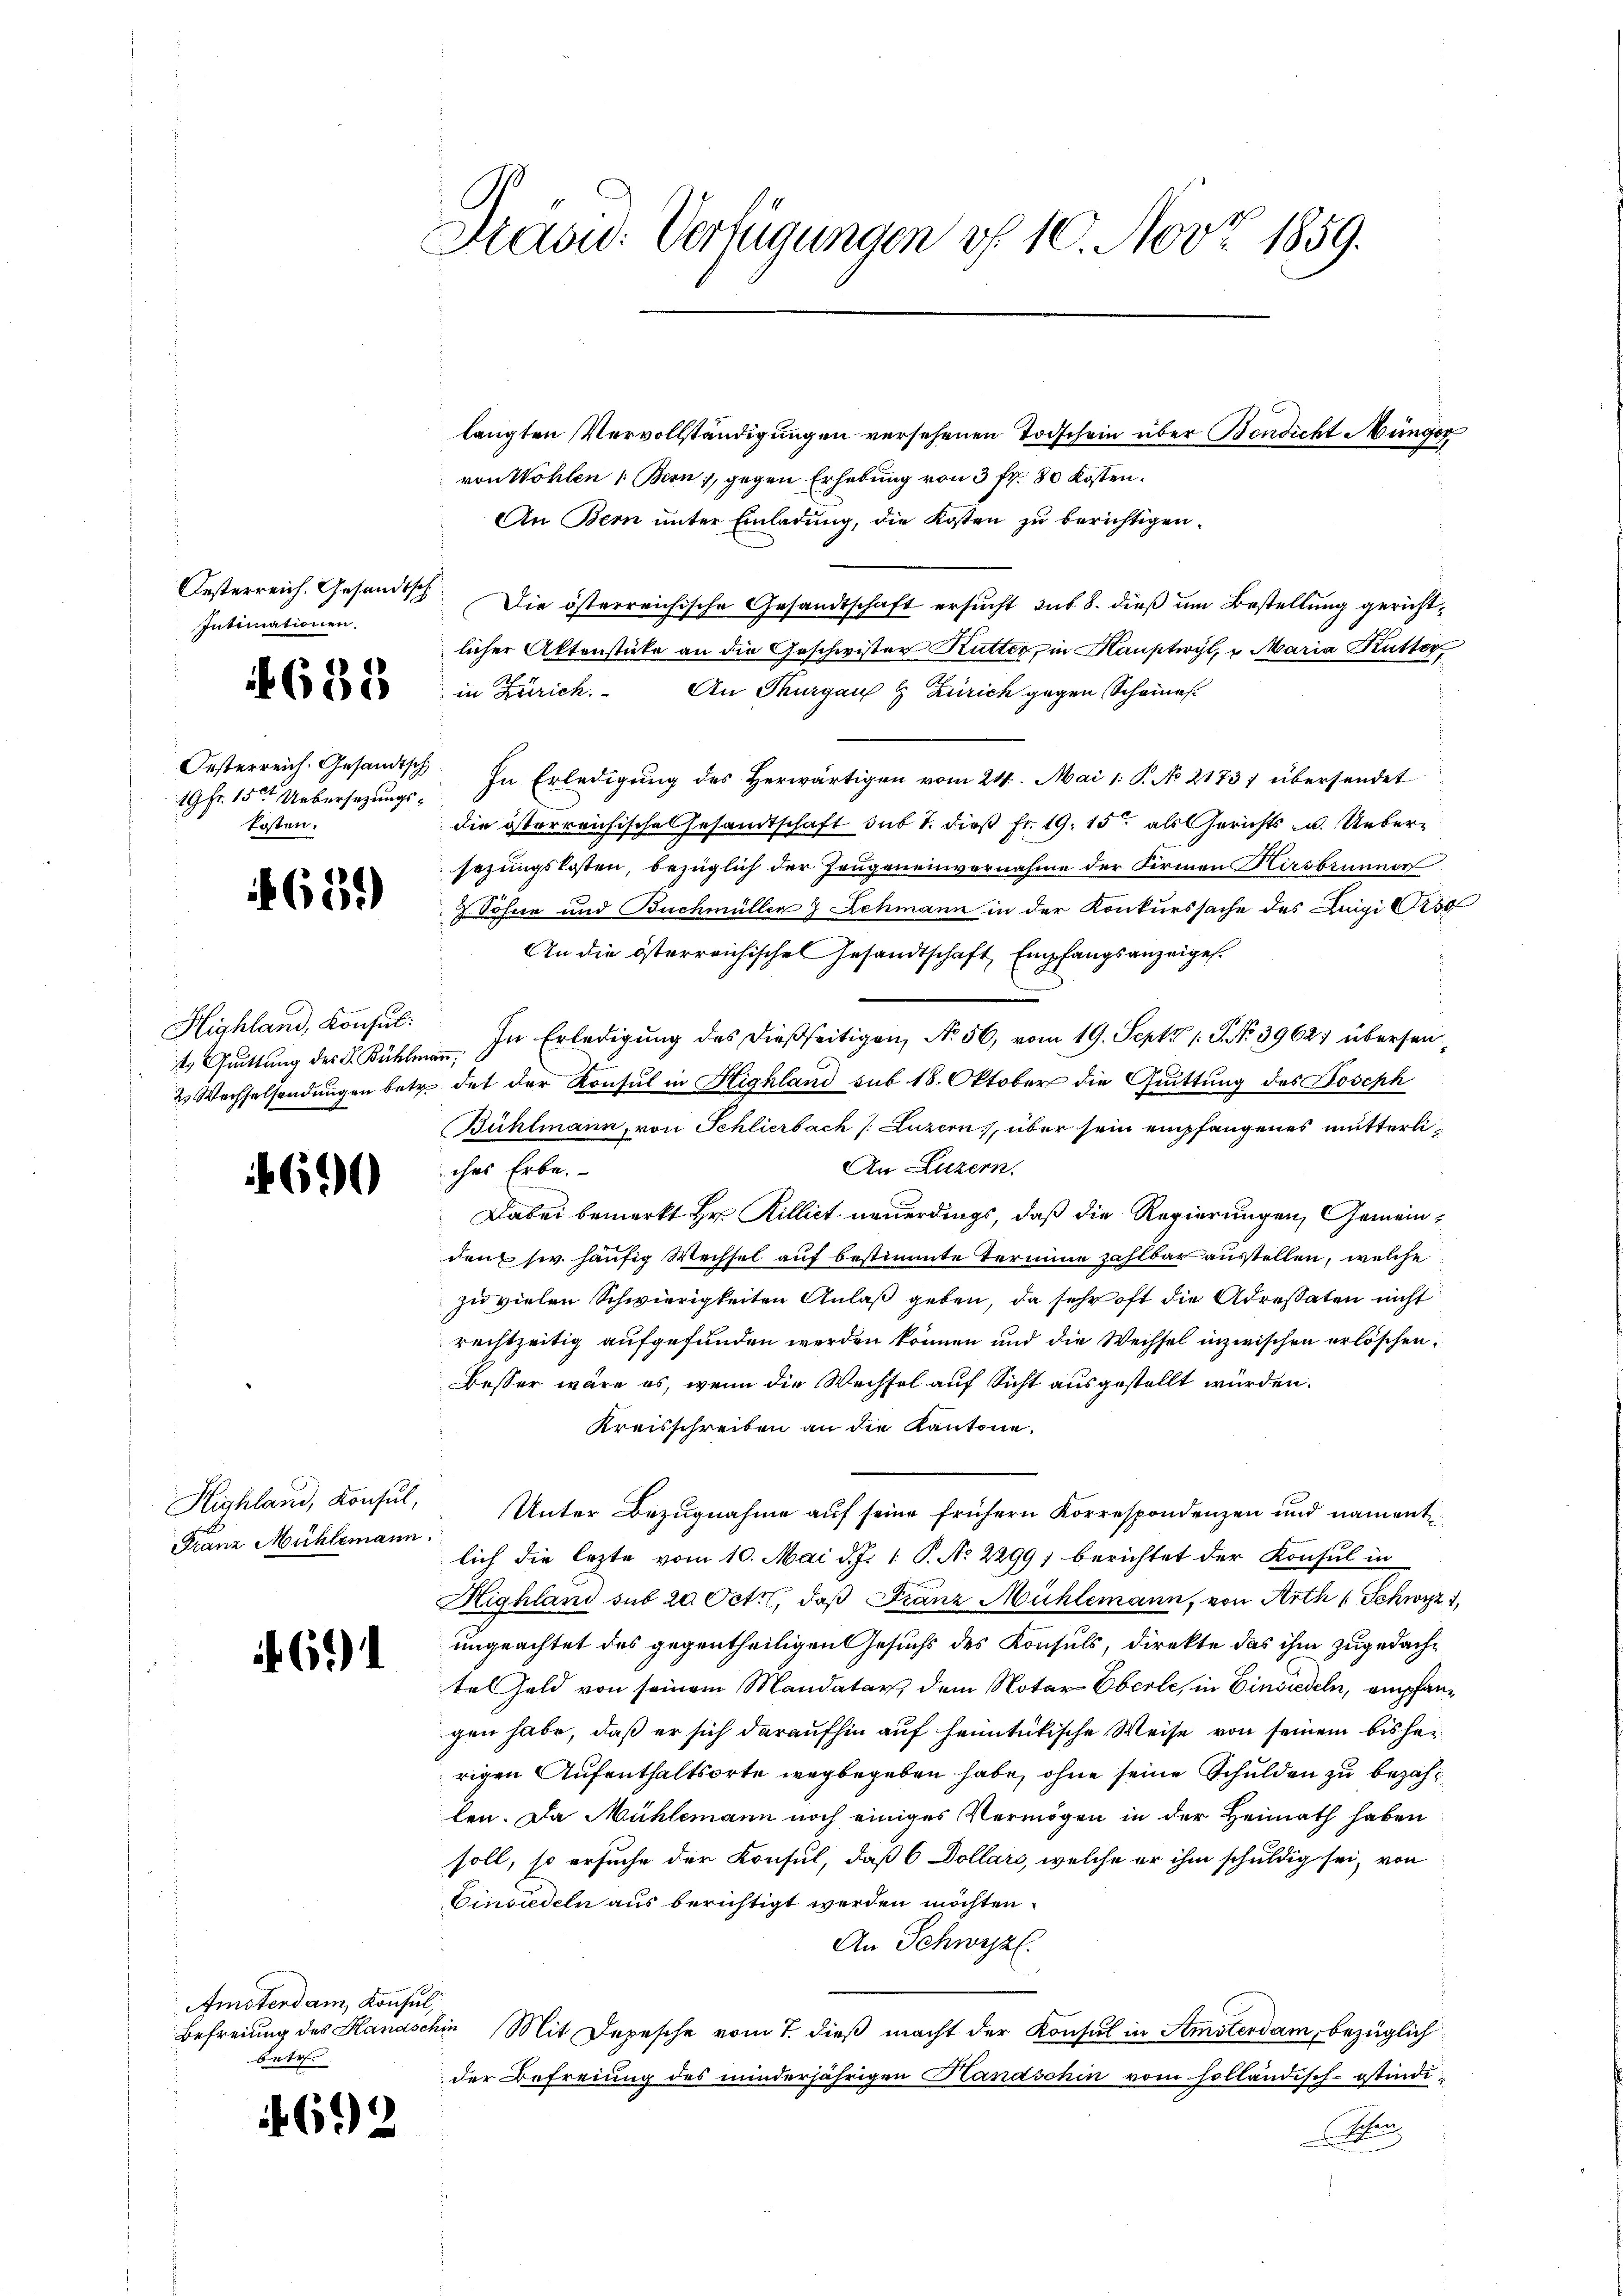
Festerreich. Gesandtsch
Intimationen.

685

Oesterreich. Gesandtsch
19 Fr. 15t Uebersezungskosten.

659)

Highland, Konsul:
t Quittung des L. Bühlmann,
2 Wechselsendungen betr.

6

Highland, Konsul,
Franz Mühlemann

61)

Amsterdam Konsul,
betr.

692

Stand: Verfügungen v. 10. Nov. 1859.

langten Vervollständigungen versehenen Todschein über Bendicht Münger
von Wohlen (Bern, gegen Erhebung von 3 fr. 80 Kosten¬
An Bern unter Einladung, die Kosten zu berichtigen.
Die österreichische Gesandtschaft ersucht sub 8. dieß um Bestellung gerichtlicher Aktenstüke an die Geschwister Kutter, in Hauptwyl, u. Maria Kutter
in Zürich. An Thurgau & Zürich gegen Scheines
In Erledigung des Herwärtigen vom 24. Mai 1. P. No 2173; übersendet
die österreichische Gesandtschaft sub 1. dieß Fr. 19. 15ten als Gerichts- u. Uebersezungskosten, bezüglich der Zeugeneinvernahme der Firmen Hirsbrunner
7 Söhne und Buchmüller & Schmann in der Konkurssache des Luigi Tisc
An die österreichische Gesandtschaft Empfangsanzeigel.
In Erledigung des dießseitigen, No 56, vom 19. Sept. 19. No. 39621 übersendet der Konsul in Highland sub 18. Oktober die Quittung des Joseph
Bühlmann, von Schlierbach (Luzern, über sein empfangenes mutterli¬
An Luzern,
ches Erbe.
Dabei bemerkt Hr. Rilliet neuerdings, daß die Regierungen, Gemeinden sie häufig Wechsel auf bestimmte Termine zahlbar ausstellen, welche
zu vielen Schwierigkeiten Anlaß geben, da sehr oft die Adressaten nicht
rechtzeitig aufgefunden werden können und die Wechsel inzwischen erlöschen.
Besser wäre es, wenn die Wechsel auf Sicht ausgestellt würden.
Kreisschreiben an die Kantone.
Unter Bezugnahme auf seine frühern Korrespondenzen und nament
lich die lezte vom 10. Mai d. Js. 1. P. No 2299) berichtet der Konsul in
Highland sub 20 Octo, daß Franz Mühlemann, von Arth Schwyz,
ungeachtet des gegentheiligen Gesuchs des Konsuls, direkte das ihm zugedacht
tel Geld von seinem Mandatar dem Notar Eberle, in Einsiedeln, empfangen habe, daß er sich daraufhin auf heimtückische Weise von seinem bisherrigen Aufenthaltsorte wegbegeben habe, ohne seine Schulden zu bezahlen. Da Mühlemann noch einiges Vermögen in der Heimath haben
soll, so ersuche der Konsul, daß 6 Dollars, welche er ihm schuldig sei, von
Einsiedeln aus berichtigt werden möchten.
An Schwyz.
Befreiung des Hanaschin Mit Depesche vom 7. dieß macht der Konsul in Amsterdam, bezüglich
der Befreiung des minderjährigen Handschin vom holländisch-stindi-
Men